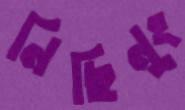
নিছিনুং